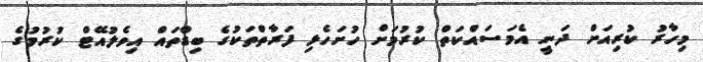
މިހާރު ކުރިއަށް ދަނީ އެމަސައްކަތް ކުރުމަށް ހުށަހެޅި ފަރާތްތަކުގެ ބިޑްތައް އިވެލުއޭޓް ކުރުމުގެ